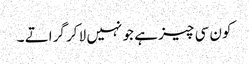
کون سی چیز ہے جو نہیں لا کر گراتے ۔